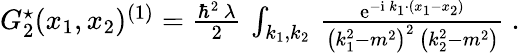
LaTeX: \begin{array}{r}{G_{2}^{\star}(x_{1},x_{2})^{(1)}=\frac{\hbar^{2}\, \lambda}2\, \int_{k_{1},k_{2}}\, \frac{{\mathrm{e}}^{-{\mathrm{i}}\, k_{1}\cdot(x_{1}-x_{2})}}{\big(k_{1}^{2}-m^{2}\big)^{2}\, \big(k_{2}^{2}-m^{2}\big)}\ .}\end{array}